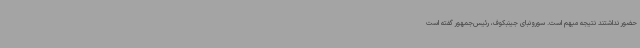
حضور نداشتند نتیجه مبهم است. سورونبای جینبکوف، رئیس‌جمهور گفته است